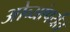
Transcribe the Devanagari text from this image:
ओव्यांपर्यंत